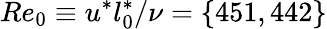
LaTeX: Re_{0}\equiv u^{*}l_{0}^{*}/\nu=\{ 451,442\}